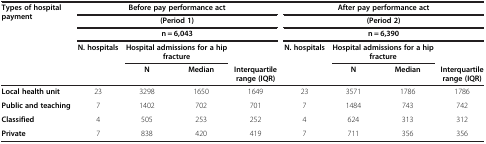
<table><thead><tr><td rowspan="3"><b>Types of hospital payment</b></td><td colspan="4"><b>Before pay performance act</b></td><td colspan="4"><b>After pay performance act</b></td></tr><tr><td colspan="4"><b>(Period 1)</b></td><td colspan="4"><b>(Period 2)</b></td></tr><tr><td colspan="4"><b>n = 6,043</b></td><td colspan="4"><b>n = 6,390</b></td></tr><tr><td><b> </b></td><td><b>N. hospitals</b></td><td colspan="2"><b>Hospital admissions for a hip fracture</b></td><td><b> </b></td><td><b>N. hospitals</b></td><td colspan="2"><b>Hospital admissions for a hip fracture</b></td><td><b> </b></td></tr><tr><td><b> </b></td><td><b> </b></td><td><b>N</b></td><td><b>Median</b></td><td><b>Interquartile range (IQR)</b></td><td><b> </b></td><td><b>N</b></td><td><b>Median</b></td><td><b>Interquartile range (IQR)</b></td></tr></thead><tbody><tr><td><b>Local health unit</b></td><td>23</td><td>3298</td><td>1650</td><td>1649</td><td>23</td><td>3571</td><td>1786</td><td>1786</td></tr><tr><td><b>Public and teaching</b></td><td>7</td><td>1402</td><td>702</td><td>701</td><td>7</td><td>1484</td><td>743</td><td>742</td></tr><tr><td><b>Classified</b></td><td>4</td><td>505</td><td>253</td><td>252</td><td>4</td><td>624</td><td>313</td><td>312</td></tr><tr><td><b>Private</b></td><td>7</td><td>838</td><td>420</td><td>419</td><td>7</td><td>711</td><td>356</td><td>356</td></tr></tbody></table>